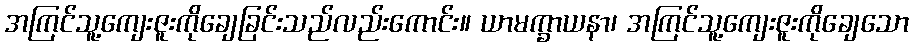
အကြင်သူ့ကျေးဇူးကိုချေခြင်းသည်လည်းကောင်း။ ယာမက္ခာယနာ၊ အကြင်သူ့ကျေးဇူးကိုချေသော